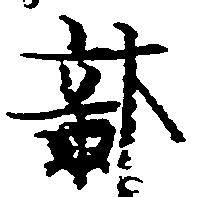
部